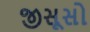
જીસૂસો